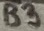
Text: B3